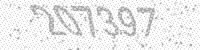
Solution: 207397